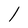
Character: l